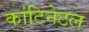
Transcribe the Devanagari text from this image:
कांटिनेटल